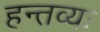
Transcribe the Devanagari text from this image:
हन्तव्यः